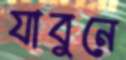
যাবুনে